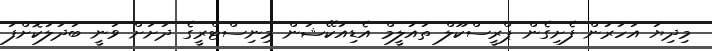
މިދިޔަ އަހަރުން ފެށިގެން ޕްރީސްކޫލް ތައުލީމް އެޑިއުކޭޝަން މިނިސްޓްރީގެ ދަށަށް ވަނީ ބަދަލުކޮށްފަ